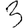
Digit: 3